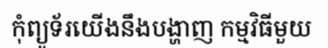
កុំព្យូទ័រយើងនឹងបង្ហាញ កម្មវិធីមួយ